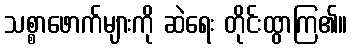
သစ္စာဖောက်များကို ဆဲရေး တိုင်းထွာကြ၏။